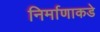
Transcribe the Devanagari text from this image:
निर्माणाकडे